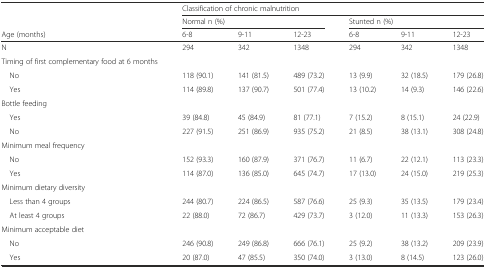
<table><thead><tr><td></td><td colspan="6"><b>Classification of chronic malnutrition</b></td></tr><tr><td></td><td colspan="3"><b>Normal n (%)</b></td><td colspan="3"><b>Stunted n (%)</b></td></tr><tr><td><b>Age (months)</b></td><td><b>6-8</b></td><td><b>9-11</b></td><td><b>12-23</b></td><td><b>6-8</b></td><td><b>9-11</b></td><td><b>12-23</b></td></tr></thead><tbody><tr><td>N</td><td>294</td><td>342</td><td>1348</td><td>294</td><td>342</td><td>1348</td></tr><tr><td>Timing of first complementary food at 6 months</td><td></td><td></td><td></td><td></td><td></td><td></td></tr><tr><td> No</td><td>118 (90.1)</td><td>141 (81.5)</td><td>489 (73.2)</td><td>13 (9.9)</td><td>32 (18.5)</td><td>179 (26.8)</td></tr><tr><td> Yes</td><td>114 (89.8)</td><td>137 (90.7)</td><td>501 (77.4)</td><td>13 (10.2)</td><td>14 (9.3)</td><td>146 (22.6)</td></tr><tr><td>Bottle feeding</td><td></td><td></td><td></td><td></td><td></td><td></td></tr><tr><td> Yes</td><td>39 (84.8)</td><td>45 (84.9)</td><td>81 (77.1)</td><td>7 (15.2)</td><td>8 (15.1)</td><td>24 (22.9)</td></tr><tr><td> No</td><td>227 (91.5)</td><td>251 (86.9)</td><td>935 (75.2)</td><td>21 (8.5)</td><td>38 (13.1)</td><td>308 (24.8)</td></tr><tr><td>Minimum meal frequency</td><td></td><td></td><td></td><td></td><td></td><td></td></tr><tr><td> No</td><td>152 (93.3)</td><td>160 (87.9)</td><td>371 (76.7)</td><td>11 (6.7)</td><td>22 (12.1)</td><td>113 (23.3)</td></tr><tr><td> Yes</td><td>114 (87.0)</td><td>136 (85.0)</td><td>645 (74.7)</td><td>17 (13.0)</td><td>24 (15.0)</td><td>219 (25.3)</td></tr><tr><td>Minimum dietary diversity</td><td></td><td></td><td></td><td></td><td></td><td></td></tr><tr><td> Less than 4 groups</td><td>244 (80.7)</td><td>224 (86.5)</td><td>587 (76.6)</td><td>25 (9.3)</td><td>35 (13.5)</td><td>179 (23.4)</td></tr><tr><td> At least 4 groups</td><td>22 (88.0)</td><td>72 (86.7)</td><td>429 (73.7)</td><td>3 (12.0)</td><td>11 (13.3)</td><td>153 (26.3)</td></tr><tr><td>Minimum acceptable diet</td><td></td><td></td><td></td><td></td><td></td><td></td></tr><tr><td> No</td><td>246 (90.8)</td><td>249 (86.8)</td><td>666 (76.1)</td><td>25 (9.2)</td><td>38 (13.2)</td><td>209 (23.9)</td></tr><tr><td> Yes</td><td>20 (87.0)</td><td>47 (85.5)</td><td>350 (74.0)</td><td>3 (13.0)</td><td>8 (14.5)</td><td>123 (26.0)</td></tr></tbody></table>